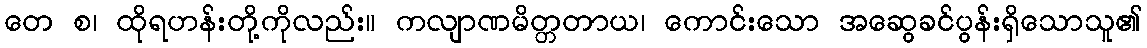
တေ စ၊ ထိုရဟန်းတို့ကိုလည်း။ ကလျာဏမိတ္တတာယ၊ ကောင်းသော အဆွေခင်ပွန်းရှိသောသူ၏